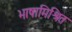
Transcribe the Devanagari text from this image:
भाषामिश्रित